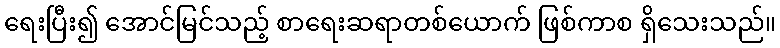
ရေးပြီး၍ အောင်မြင်သည့် စာရေးဆရာတစ်ယောက် ဖြစ်ကာစ ရှိသေးသည်။